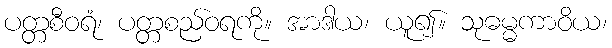
ပတ္တစီဝရံ၊ ပတ္တစည်ဝရကို။ အာဒါယ၊ ယူ၍။ သုဓမ္မကာဝိယ၊